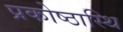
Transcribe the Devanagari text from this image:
प्रकोष्ठास्थि